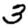
Digit: 3